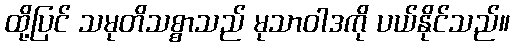
ထို့ပြင် သမုတိသစ္စာသည် မုသာဝါဒကို ပယ်နိုင်သည်။